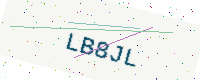
Text: LB8JL